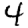
Digit: 4